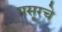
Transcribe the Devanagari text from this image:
मसूरचे